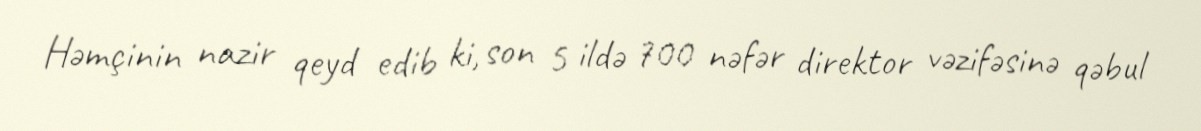
Həmçinin nazir qeyd edib ki, son 5 ildə 700 nəfər direktor vəzifəsinə qəbul